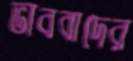
ভাববাদের